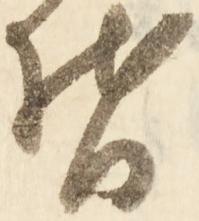
督